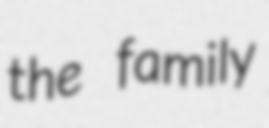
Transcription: the family